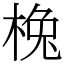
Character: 㭸